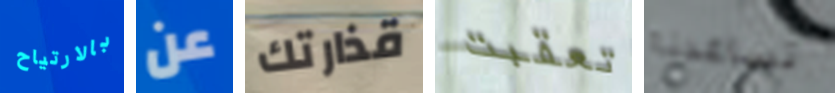
بالارتياح عن قذارتك تعقبت تساعدنا